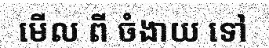
មើល ពី ចំងាយ ទៅ